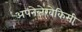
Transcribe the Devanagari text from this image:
अपनेलेखेकिसी